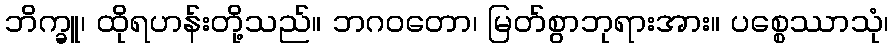
ဘိက္ခူ၊ ထိုရဟန်းတို့သည်။ ဘဂဝတော၊ မြတ်စွာဘုရားအား။ ပစ္စေဿာသုံ၊